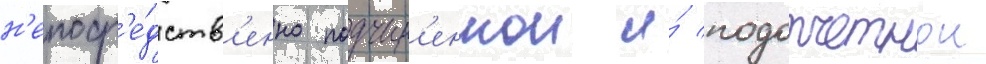
н'епоср'е́дств'енно подчин'еннои и́ подотчетнои